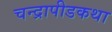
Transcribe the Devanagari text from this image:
चन्द्रापीडकथा